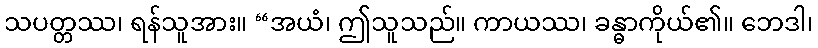
သပတ္တဿ၊ ရန်သူအား။ “အယံ၊ ဤသူသည်။ ကာယဿ၊ ခန္ဓာကိုယ်၏။ ဘေဒါ၊